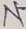
Text: N